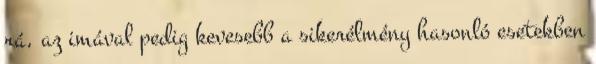
rá, az imával pedig kevesebb a sikerélmény hasonló esetekben